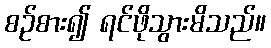
စဉ်စား၍ ရင်ဖိုသွားမိသည်။